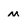
Character: m